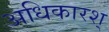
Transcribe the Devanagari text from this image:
अधिकारश्